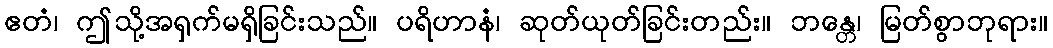
ဧတံ၊ ဤသို့အရှက်မရှိခြင်းသည်။ ပရိဟာနံ၊ ဆုတ်ယုတ်ခြင်းတည်း။ ဘန္တေ၊ မြတ်စွာဘုရား။